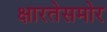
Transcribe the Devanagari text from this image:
क्षारतेसमोर